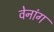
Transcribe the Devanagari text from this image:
वेनांग